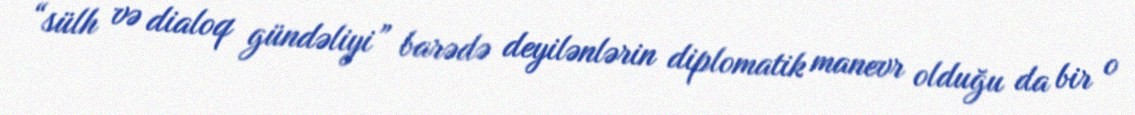
“sülh və dialoq gündəliyi” barədə deyilənlərin diplomatik manevr olduğu da bir o